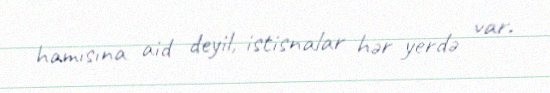
hamısına aid deyil, istisnalar hər yerdə var.